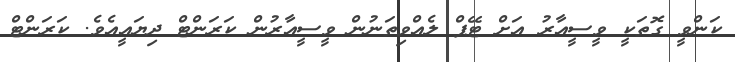
ކަންވީ ގޮތަކީ ވީސީއާރު އަށް ޓޭޕް ލެއްވިތަނުން ވީސީއާރުން ކަރަންޓް ދިޔައީއެވެ. ކަރަންޓް